Malaria in the Duars
Disease focus: Malaria
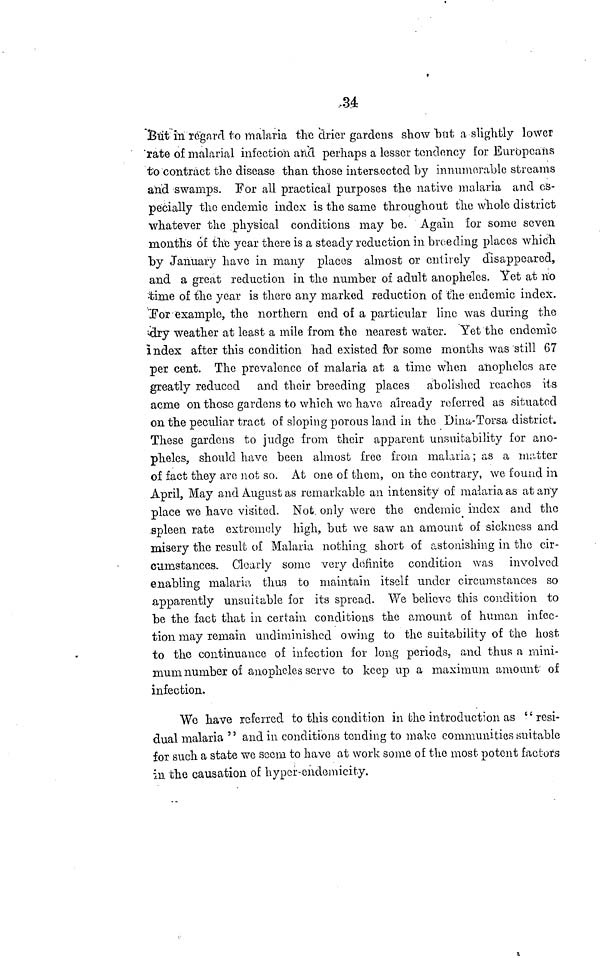
34
But in regard to malaria the drier gardens show but a slightly lower
rate of malarial infection and perhaps a lesser tendency for Europeans
to contract the disease than those intersected by innumerable streams
arid swamps. For all practical purposes the native malaria and es-
pecially the endemic index is the same throughout the whole district
whatever the physical conditions may be. Again for some seven
months of the year there is a steady reduction in breeding places which
"by January have in many places almost or entirely disappeared,
and a great reduction in the number of adult anopheles. Yet at no
time of the year is there any marked reduction of the endemic index.
Tor example, the northern end of a particular line was during the
dry weather at least a mile from the nearest water. Yet the endemic
index after this condition had existed for some months was still 67
per cent. The prevalence of malaria at a time when anopheles are
greatly reduced and their breeding places abolished reaches its
acme on those gardens to which we have already referred as situated
on the peculiar tract of sloping porous land in the Dina-Torsa district.
These gardens to judge from their apparent unsuitability for ano-
pheles, should have been almost free from malaria ; as a mutter
of fact they are not so. At one of them, on the contrary, we found in
April, May and August as remarkable an intensity of malaria as at any
place we have visited. Not only were the endemic index and the
spleen rate extremely high, but we saw an amount of sickness and
misery the result of Malaria nothing, short of astonishing in the cir-
cumstances. Clearly some very definite condition was involved
enabling malaria thus to maintain itself under circumstances so
apparently unsuitable for its spread. We believe this condition to
be the fact that in certain conditions the amount of human infec-
tion may remain undiminished owing to the suitability of the host
to the continuance of infection for long periods, and thus a mini-
mum number of anopheles serve to keep up a maximum amount of
infection.
Wo have referred to this condition in the introduction as "resi-
dual malaria " and in conditions tending to make communities suitable
for such a state we seem to have at work some of the most potent factors
in the causation of hyper-endemicity.